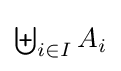
{\textstyle \biguplus _{i\in I}A_{i}}